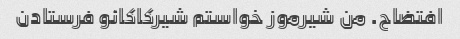
افتضاح. من شیرموز خواستم شیرکاکائو فرستادن